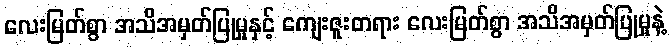
လေးမြတ်စွာ အသိအမှတ်ပြုမှုနှင့် ကျေးဇူးတရား လေးမြတ်စွာ အသိအမှတ်ပြုမှုနဲ့